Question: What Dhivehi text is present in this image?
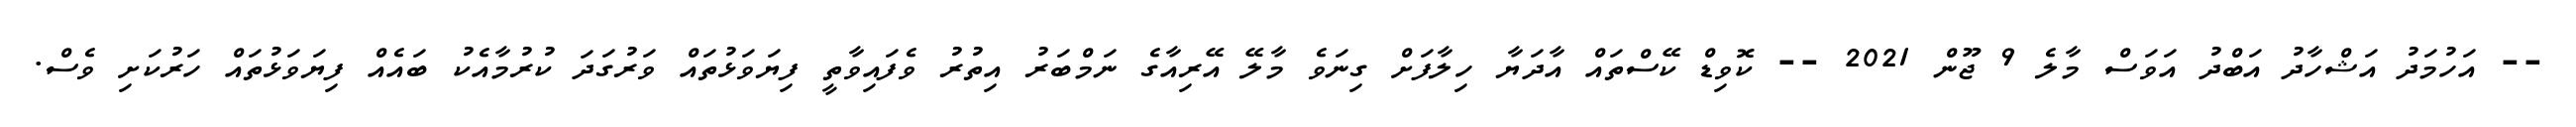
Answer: -- އަހުމަދު އަޝްހާދު އަބްދު އަވަސް މާލެ 9 ޖޫން 2021 -- ކޮވިޑް ކޭސްތައް އާދަޔާ ހިލާފަށް ގިނަވެ މާލޭ އޭރިއާގެ ނަމްބަރު އިތުރު ވެފައިވާތީ ފިޔަވަޅުތައް ވަރުގަދަ ކުރުމާއެކު ބައެއް ފިޔަވަޅުތައް ހަރުކަށި ވެސް.